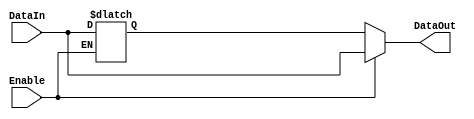
module Disable (
    input wire Enable,          // Control signal
    input wire [N-1:0] DataIn, // Input data (replace N with actual width)
    output reg [N-1:0] DataOut // Output data (replace N with actual width)
);
    // Parameter to define the width of the data
    parameter N = 8; // Example width, can be adjusted as needed

    // Internal register to hold the last valid output value
    reg [N-1:0] last_valid_output;

    always @(*) begin
        if (Enable) begin
            // If enabled, update the output with input data
            DataOut = DataIn;
            last_valid_output = DataIn; // Store the last valid output
        end else begin
            // If disabled, hold the last valid output
            DataOut = last_valid_output; // Retain the last output value
        end
    end

endmodule